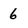
Character: 6